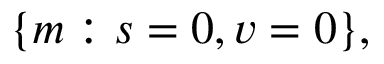
\{ m : s = 0 , v = 0 \} ,